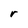
Character: r